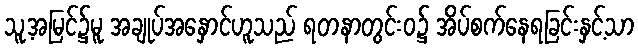
သူ့အမြင်၌မူ အချုပ်အနှောင်ဟူသည် ရတနာတွင်းဝ၌ အိပ်စက်နေရခြင်းနှင့်သာ